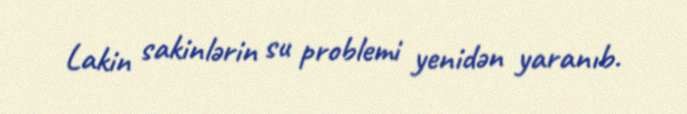
Lakin sakinlərin su problemi yenidən yaranıb.